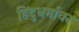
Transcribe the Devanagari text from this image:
हिंदुधर्मावर